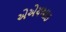
એએચઆઇ